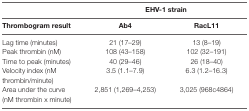
|  | <COLSPAN=2> EHV-1 strain |
 | Thrombogram result | Ab4 | RacL11 |
 | --- | --- | --- |
 | Lag time (minutes) | 21 (17–29) | 13 (8–19) |
 | Peak thrombin (nM) | 108 (43–158) | 102 (32–191) |
 | Time to peak (minutes) | 40 (29–46) | 26 (18–40) |
 | Velocity index (nM thrombin/minute) | 3.5 (1.1–7.9) | 6.3 (1.2–16.3) |
 | Area under the curve(nM thrombin x minute) | 2,851 (1,269–4,253) | 3,025 (968c4864) |